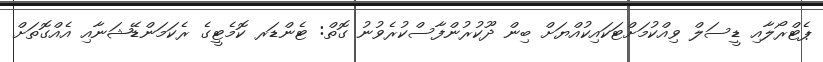
ޕެޓްރޯލާއި ޑީސަލް ވިއްކުމަށްޓަކައިކުއްޔަށް ބިން ދޫކުރުންފާސްކުރެވުނު ގޮތް: ޓެންޑަރ ކޮމެޓީގެ ރެކަމަންޑޭޝަނާއި އެއްގޮތަށް